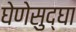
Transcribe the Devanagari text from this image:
घेणेसुद्घा